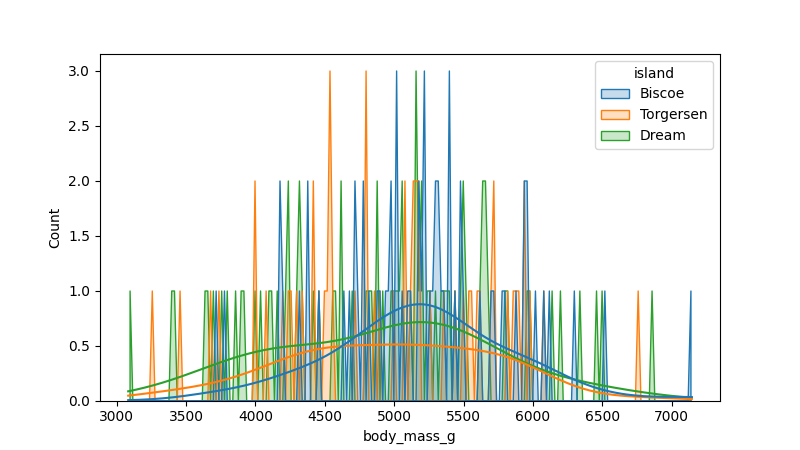
python, seaborn, histplot, hue='island', binwidth=20, bins='10', element='poly'